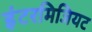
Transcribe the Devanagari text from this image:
इंटरमिजियट